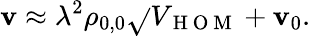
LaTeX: \mathbf{v}\approx\lambda^{2}\rho_{0,0}\sqrt{}{{V_{\mathrm{{~H~O~M~}}}}}+\mathbf{v}_{0}.